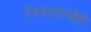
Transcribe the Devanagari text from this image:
चित्रपटांचीही